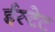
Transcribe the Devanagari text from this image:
ईस्टेट